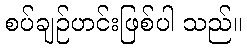
စပ်ချဉ်ဟင်းဖြစ်ပါ သည်။